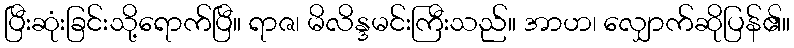
ပြီးဆုံးခြင်းသို့ရောက်ပြီ။ ရာဇ၊ မိလိန္ဒမင်းကြီးသည်။ အာဟ၊ လျှောက်ဆိုပြန်၏။